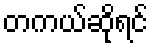
တကယ်ဆိုရင်